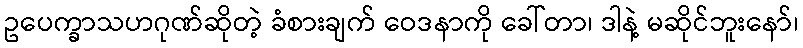
ဥပေက္ခာသဟဂုဏ်ဆိုတဲ့ ခံစားချက် ဝေဒနာကို ခေါ်တာ၊ ဒါနဲ့ မဆိုင်ဘူးနော်၊